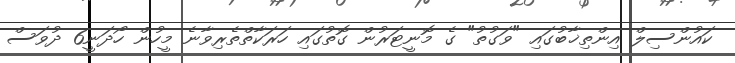
ކައުންސިލް އިންތިޚާބުގައި "ވަގުތު" ގެ މޮނީޓަރުން ގޮތުގައި ހަރަކާތްތެރިވާނެ މީހުން ހޯދަނީ6 ދުވަސް